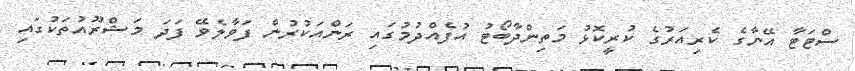
ސްޓަޓާ އޭނާގެ ކެރިއަރުގެ ކުރީކޮޅު މަތިންދާބޯޓު އުފެއްދުމުގައި ރަންއަކުރުން ފަވާލެވޭ ފަދަ މަޝްރޫއުތަކުގައި